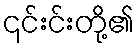
၎င်းင်းတို့၏